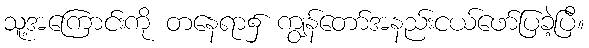
သူ့အကြောင်းကို တနေရာ၌ ကျွန်တော်အနည်းငယ်ဖော်ပြခဲ့ပြီ။